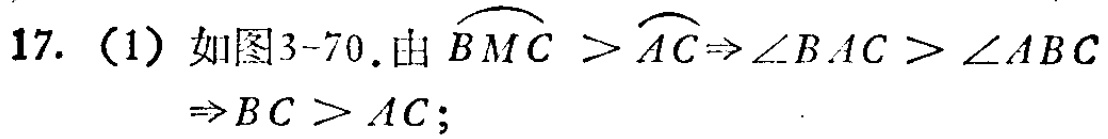
17. (1) 如图3-70.由$\overset{\frown}{BMC}>\overset{\frown}{AC}\Rightarrow\angle BAC>\angle ABC\Rightarrow BC > AC$；